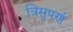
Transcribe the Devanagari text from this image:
त्रिसुपर्ण